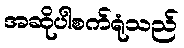
အဆိုပါစက်ရုံသည်